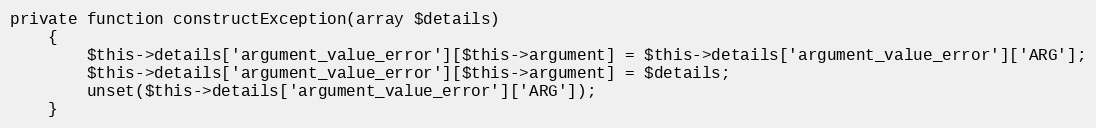
Language: PHP
private function constructException(array $details)
    {
        $this->details['argument_value_error'][$this->argument] = $this->details['argument_value_error']['ARG'];
        $this->details['argument_value_error'][$this->argument] = $details;
        unset($this->details['argument_value_error']['ARG']);
    }